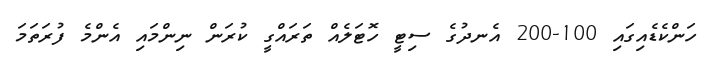
ހަންކެޑެއިގައި 100-200 އެނދުގެ ސިޓީ ހޮޓަލެއް ތަރައްގީ ކުރަން ނިންމައި އެންމެ ފުރަތަމަ